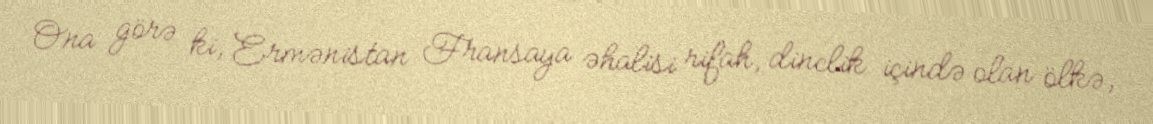
Ona görə ki, Ermənistan Fransaya əhalisi rifah, dinclik içində olan ölkə,